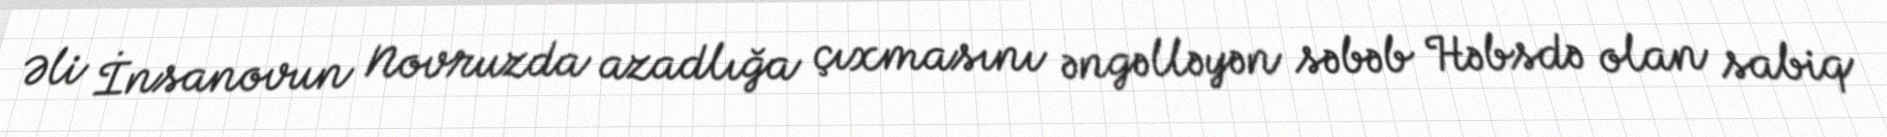
Əli İnsanovun Novruzda azadlığa çıxmasını əngəlləyən səbəb Həbsdə olan sabiq